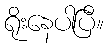
ရိုးနေပါပြီ။